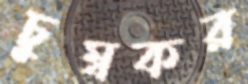
চুম্বকর